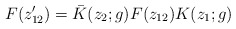
\begin{align*}F(z^{\prime}_{12})=\bar{K}(z_{2};g)F(z_{12})K(z_{1};g)\end{align*}